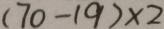
( 7 0 - 1 9 ) \times 2